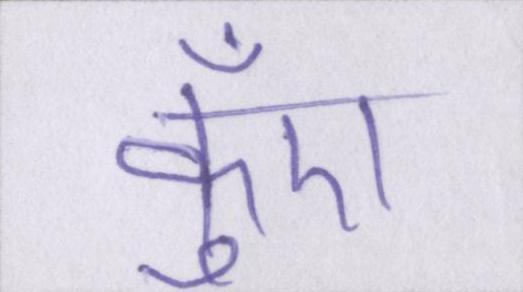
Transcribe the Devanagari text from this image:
कुँए